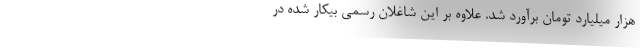
هزار میلیارد تومان برآورد شد. علاوه بر این شاغلان رسمی بیکار شده در